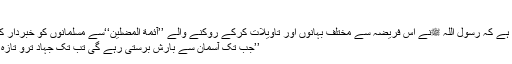
)
یہی وجہ ہے کہ رسول اللہ ﷺنے اس فریضہ سے مختلف بہانوں اور تاویلات کرکے روکنے والے ’’آئمة المضلین‘‘سے مسلمانوں کو خبردار کردیا تھا:
’’جب تک آسمان سے بارش برستی رہے گی تب تک جہاد ترو تازہ رہے گا۔